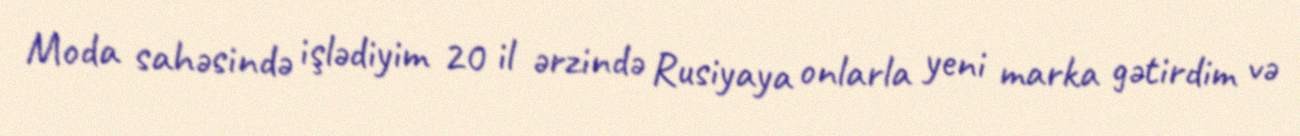
Moda sahəsində işlədiyim 20 il ərzində Rusiyaya onlarla yeni marka gətirdim və